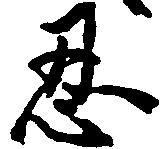
忍